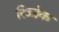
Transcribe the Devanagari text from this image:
रिज्ब्रेक